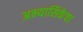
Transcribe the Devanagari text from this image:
अभ्यासिकेचा